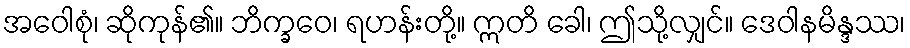
အဝေါစုံ၊ ဆိုကုန်၏။ ဘိက္ခဝေ၊ ရဟန်းတို့။ ဣတိ ခေါ၊ ဤသို့လျှင်။ ဒေဝါနမိန္ဒဿ၊